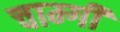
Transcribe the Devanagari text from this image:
चाम्गी